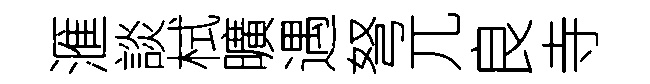
滙談栻曠遇弩兀良寺